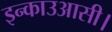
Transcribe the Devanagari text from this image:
इन्काउआसी।